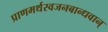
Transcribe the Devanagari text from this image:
प्राणमर्थस्वजनबान्धवान्